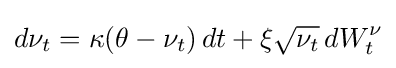
d\nu _{t}=\kappa (\theta -\nu _{t})\,dt+\xi {\sqrt {\nu _{t}}}\,dW_{t}^{\nu }